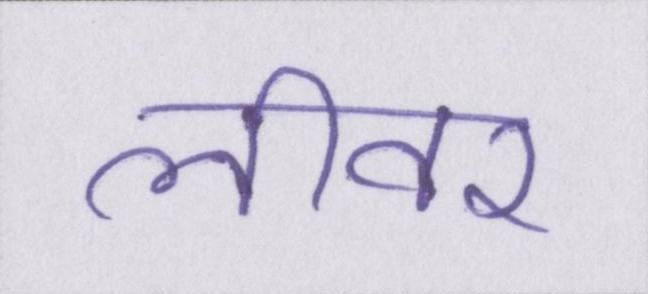
लीवर